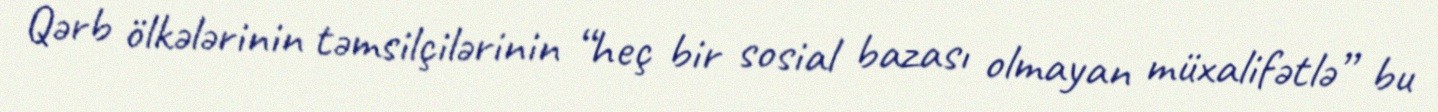
Qərb ölkələrinin təmsilçilərinin “heç bir sosial bazası olmayan müxalifətlə” bu